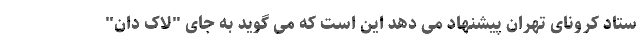
ستاد کرونای تهران پیشنهاد می دهد این است که می گوید به جای "لاک دان"